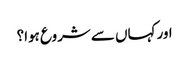
اور کہاں سے شروع ہوا؟